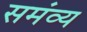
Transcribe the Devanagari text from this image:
समंव्य